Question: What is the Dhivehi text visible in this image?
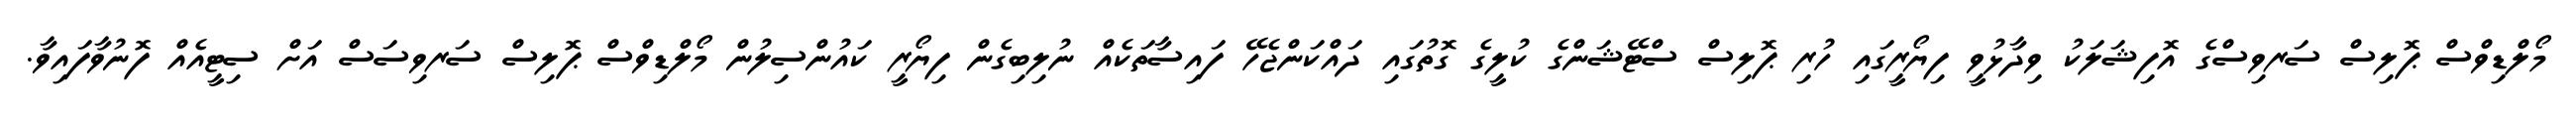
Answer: މޯލްޑިވްސް ޕޮލިސް ސަރވިސްގެ އޮފިޝަލަކު ވިދާޅުވީ ފިޔޯރީގައި ހުރި ޕޮލިސް ސްޓޭޝަންގެ ކުލީގެ ގޮތުގައި ދައްކަންޖެހޭ ފައިސާތަކެއް ނުލިބިގެން ފިޔޯރީ ކައުންސިލުން މޯލްޑިވްސް ޕޮލިސް ސަރވިސަސް އަށް ސިޓީއެއް ފޮނުވާފައިވާ.